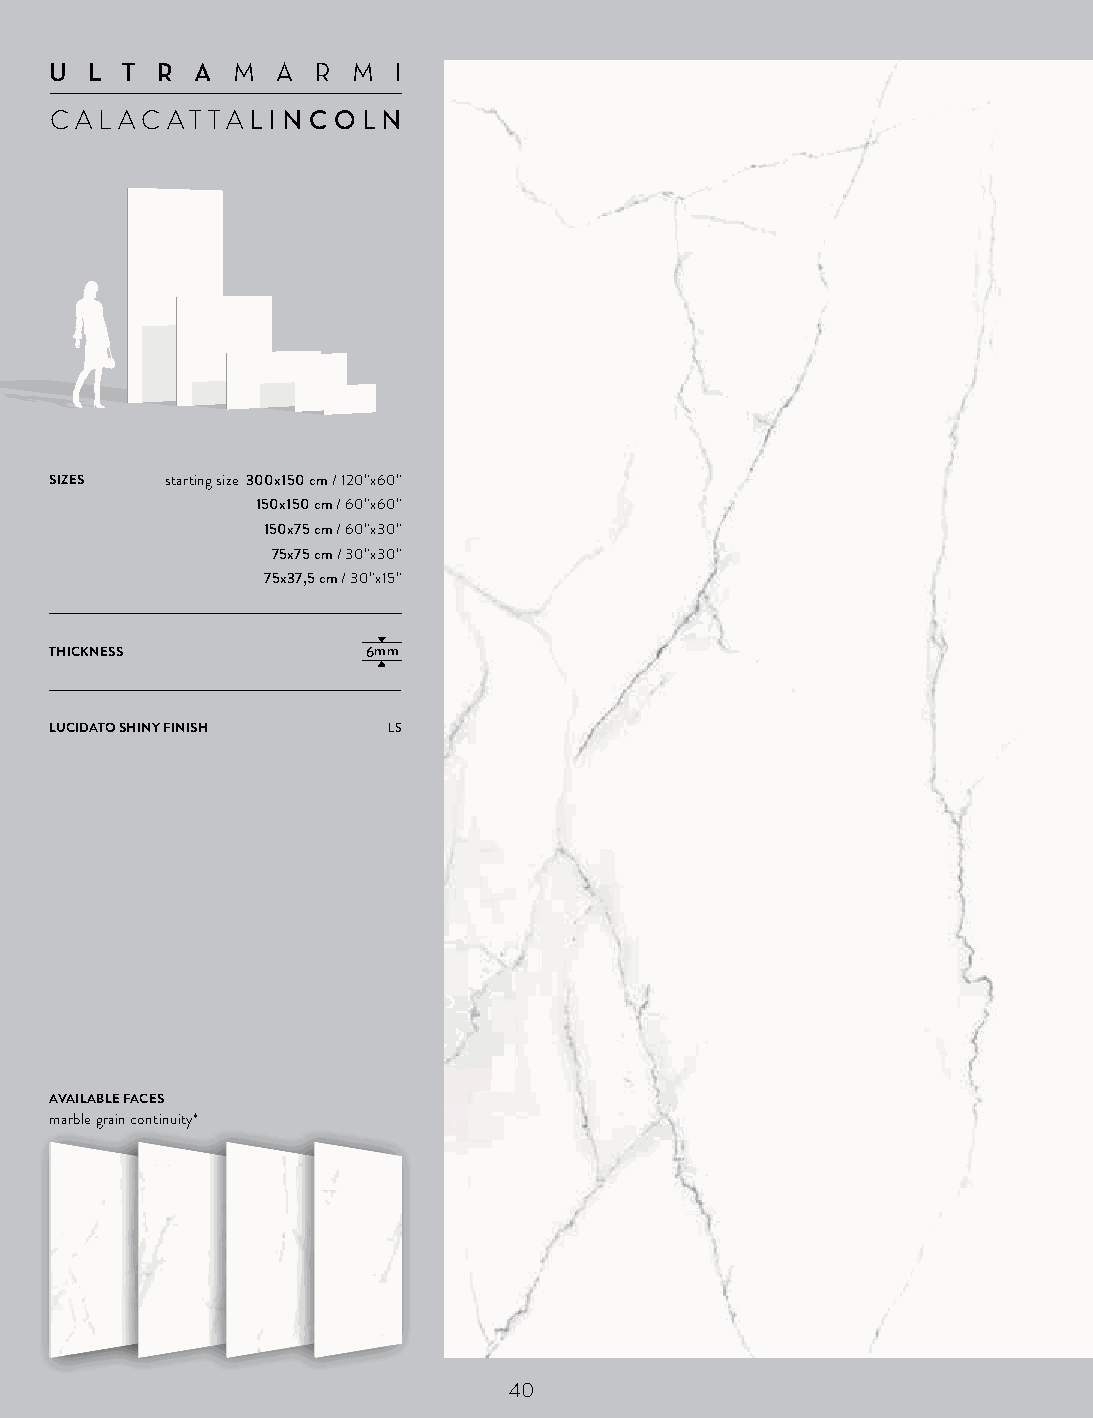
U  L T R  AM  A R  M  I
 CAL  ACAT  TALINCOLN
 SIZES   starting size 300x150 cm / 120”x60”
 150x150 cm / 60”x60”
 150x75 cm / 60”x30”
 75x75 cm / 30”x30”
 75x37,5 cm / 30”x15”
 THICKNESS            6mm
 LUCIDATO SHINY FINISH  LS
 AVAILABLE FACES
 marble grain continuity*
 40